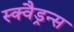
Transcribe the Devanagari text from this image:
स्क्वैड्रन्स